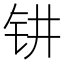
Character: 𰽟